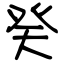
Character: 癸